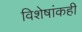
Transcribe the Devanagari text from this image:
विशेषांकही